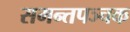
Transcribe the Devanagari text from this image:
समन्तपञ्चक